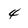
Character: 4